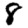
Digit: 8